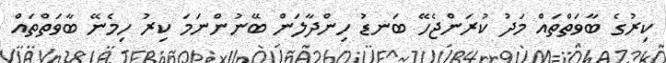
ކިރުގެ ބާވަތްތައް މަދު ކުރަންޖެހޭ ބަނޑު ހިންދާލަން ބޭނުންނަމަ ކިރު ހިމެނޭ ބާވަތްތައް